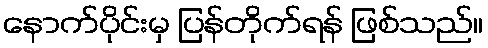
နောက်ပိုင်းမှ ပြန်တိုက်ရန် ဖြစ်သည်။